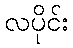
လပိုင်း